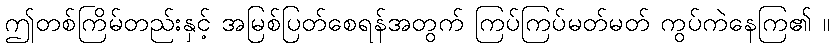
ဤတစ်ကြိမ်တည်းနှင့် အမြစ်ပြတ်စေရန်အတွက် ကြပ်ကြပ်မတ်မတ် ကွပ်ကဲနေကြ၏ ။